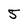
Character: 5